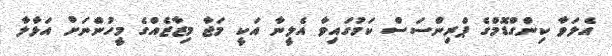
އެލަވާ ކިންގްޑޮމްގެ ޕްރިންސަސް ކަމުގައިވާ އެލީނާ އަކީ މަޖާ މިޒާޒެއްގެ މީހުންނަށް އަޅާލާ